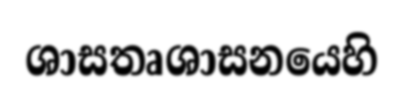
ශාසතෘශාසනයෙහි